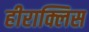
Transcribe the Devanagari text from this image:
हीराक्लिस